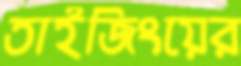
তাইজিংয়ের